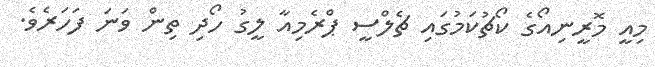
މިއީ މޮރީނިއޯގެ ކޯޗުކަމުގައި ޗެލްސީ ޕްރެމިއާ ލީގު ހޯދި ތިން ވަނަ ފަހަރެވެ.